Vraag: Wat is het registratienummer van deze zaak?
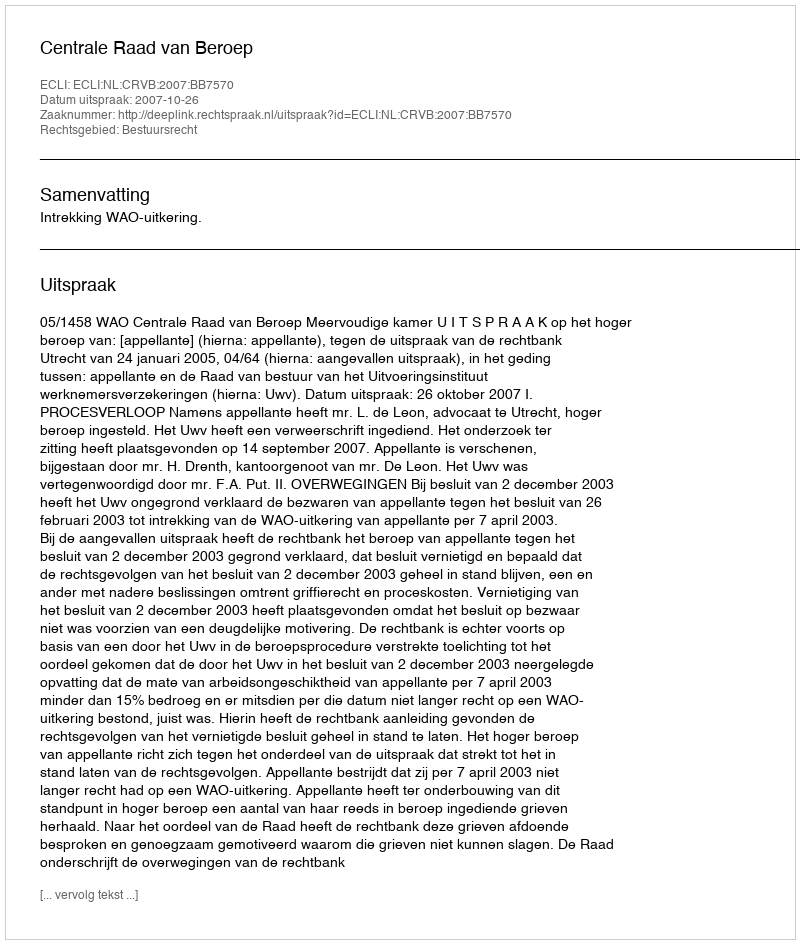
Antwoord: http://deeplink.rechtspraak.nl/uitspraak?id=ECLI:NL:CRVB:2007:BB7570